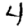
Digit: 4